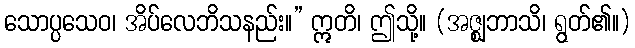
သောပ္ပသေဝ၊ အိပ်လေဘိသနည်း။” ဣတိ၊ ဤသို့။ (အဇ္ဈဘာသိ၊ ရွတ်၏။)